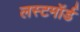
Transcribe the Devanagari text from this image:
लस्टमॉर्ड